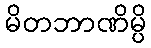
မိတဘာဏိမ္ပိ